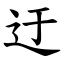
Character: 迂